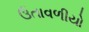
ઉતાવળીયો